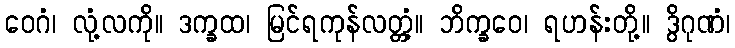
ဝေဂံ၊ လုံ့လကို။ ဒက္ခထ၊ မြင်ရကုန်လတ္တံ့။ ဘိက္ခဝေ၊ ရဟန်းတို့။ ဒွိဂုဏံ၊